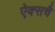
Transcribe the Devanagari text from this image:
ऐक्सचै